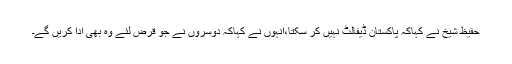
حفیظ شیخ نے کہاکہ پاکستان ڈیفالٹ نہیں کر سکتا،انہوں نے کہاکہ دوسروں نے جو قرض لئے وہ بھی ادا کریں گے۔